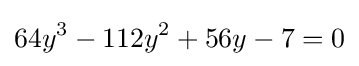
64y^{3}-112y^{2}+56y-7=0